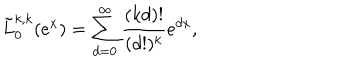
LaTeX: \tilde { L } _ { 0 } ^ { k , k } ( e ^ { x } ) = \sum _ { d = 0 } ^ { \infty } \frac { ( k d ) ! } { ( d ! ) ^ { k } } e ^ { d x } ,